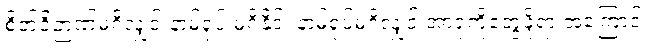
စိတ်ဝိဉာဏ်မရှိလျှင် နာမ်ရုပ် မရှိနိုင်၊ နာမ်ရုပ်မရှိလျှင် အာရုံကိုတွေ့ဖို့ရာ အကြောင်း